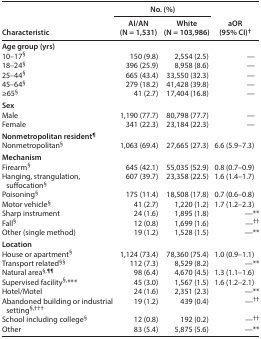
<table><thead><tr><td rowspan="2"><b>Characteristic</b></td><td colspan="2"><b>No. (%)</b></td><td rowspan="2"><b>aOR (95% CI)<sup>†</sup></b></td></tr><tr><td><b>AI/AN (N = 1,531)</b></td><td><b>White (N = 103,986)</b></td></tr></thead><tbody><tr><td colspan="4"><b>Age group (yrs)</b></td></tr><tr><td>10–17<b><sup>§</sup></b></td><td>150 (9.8)</td><td>2,554 (2.5)</td><td>—</td></tr><tr><td>18–24<b><sup>§</sup></b></td><td>396 (25.9)</td><td>8,958 (8.6)</td><td>—</td></tr><tr><td>25–44<b><sup>§</sup></b></td><td>665 (43.4)</td><td>33,550 (32.3)</td><td>—</td></tr><tr><td>45–64<b><sup>§</sup></b></td><td>279 (18.2)</td><td>41,428 (39.8)</td><td>—</td></tr><tr><td>≥65<b><sup>§</sup></b></td><td>41 (2.7)</td><td>17,404 (16.8)</td><td>—</td></tr><tr><td colspan="4"><b>Sex</b></td></tr><tr><td>Male</td><td>1,190 (77.7)</td><td>80,798 (77.7)</td><td>—</td></tr><tr><td>Female</td><td>341 (22.3)</td><td>23,184 (22.3)</td><td>—</td></tr><tr><td colspan="4"><b>Nonmetropolitan resident<sup>¶</sup></b></td></tr><tr><td>Nonmetropolitan<b><sup>§</sup></b></td><td>1,063 (69.4)</td><td>27,665 (27.3)</td><td>6.6 (5.9–7.3)</td></tr><tr><td colspan="4"><b>Mechanism</b></td></tr><tr><td>Firearm<b><sup>§</sup></b></td><td>645 (42.1)</td><td>55,035 (52.9)</td><td>0.8 (0.7–0.9)</td></tr><tr><td>Hanging, strangulation, suffocation<b><sup>§</sup></b></td><td>607 (39.7)</td><td>23,358 (22.5)</td><td>1.6 (1.4–1.7)</td></tr><tr><td>Poisoning<b><sup>§</sup></b></td><td>175 (11.4)</td><td>18,508 (17.8)</td><td>0.7 (0.6–0.8)</td></tr><tr><td>Motor vehicle<b><sup>§</sup></b></td><td>41 (2.7)</td><td>1,220 (1.2)</td><td>1.7 (1.2–2.3)</td></tr><tr><td>Sharp instrument</td><td>24 (1.6)</td><td>1,895 (1.8)</td><td>—**</td></tr><tr><td>Fall<b><sup>§</sup></b></td><td>12 (0.8)</td><td>1,699 (1.6)</td><td>—<sup>††</sup></td></tr><tr><td>Other (single method)</td><td>19 (1.2)</td><td>1,528 (1.5)</td><td>—**</td></tr><tr><td colspan="4"><b>Location</b></td></tr><tr><td>House or apartment<b><sup>§</sup></b></td><td>1,124 (73.4)</td><td>78,360 (75.4)</td><td>1.0 (0.9–1.1)</td></tr><tr><td>Transport related<sup>§§</sup></td><td>112 (7.3)</td><td>8,529 (8.2)</td><td>—**</td></tr><tr><td>Natural area<b><sup>§</sup></b><sup>,¶¶</sup></td><td>98 (6.4)</td><td>4,670 (4.5)</td><td>1.3 (1.1–1.6)</td></tr><tr><td>Supervised facility<b><sup>§</sup></b><sup>,</sup>***</td><td>45 (3.0)</td><td>1,567 (1.5)</td><td>1.6 (1.2–2.1)</td></tr><tr><td>Hotel/Motel</td><td>24 (1.6)</td><td>2,351 (2.3)</td><td>—**</td></tr><tr><td>Abandoned building or industrial setting<b><sup>§</sup></b><sup>,†††</sup></td><td>19 (1.2)</td><td>439 (0.4)</td><td>—<sup>††</sup></td></tr><tr><td>School including college<b><sup>§</sup></b></td><td>12 (0.8)</td><td>192 (0.2)</td><td>—<sup>††</sup></td></tr><tr><td>Other</td><td>83 (5.4)</td><td>5,875 (5.6)</td><td>—**</td></tr></tbody></table>